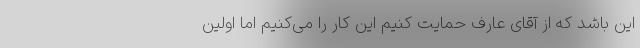
این باشد که از آقای عارف حمایت کنیم این کار را می‌کنیم اما اولین